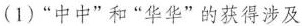
(1)”中中”和”华华”的获得涉及